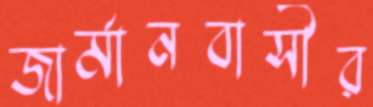
জার্মানবাসীর